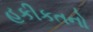
હકીકતનો